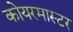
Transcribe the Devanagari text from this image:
कोयरमास्टर